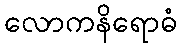
လောကနိရောဓံ